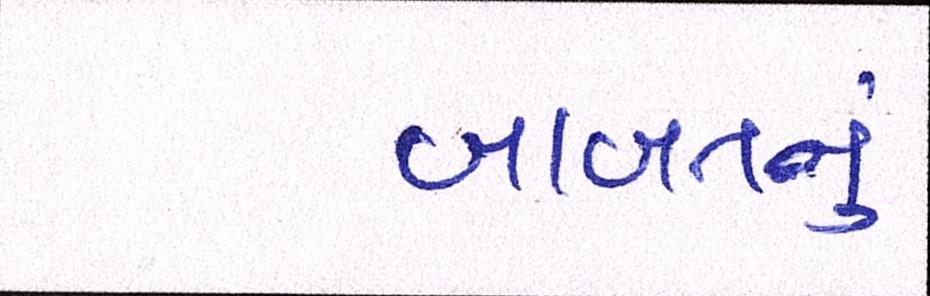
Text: બાબતનું